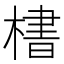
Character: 𪳛